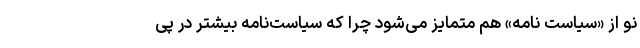
نو از «سیاست نامه» هم متمایز می‌شود چرا که سیاست‌نامه بیشتر در پی